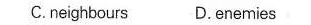
C,neighbcurs D.enemias